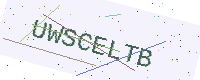
Text: UWSCELTB